Jaan_Tonisson_(Lasteleht), lk 401
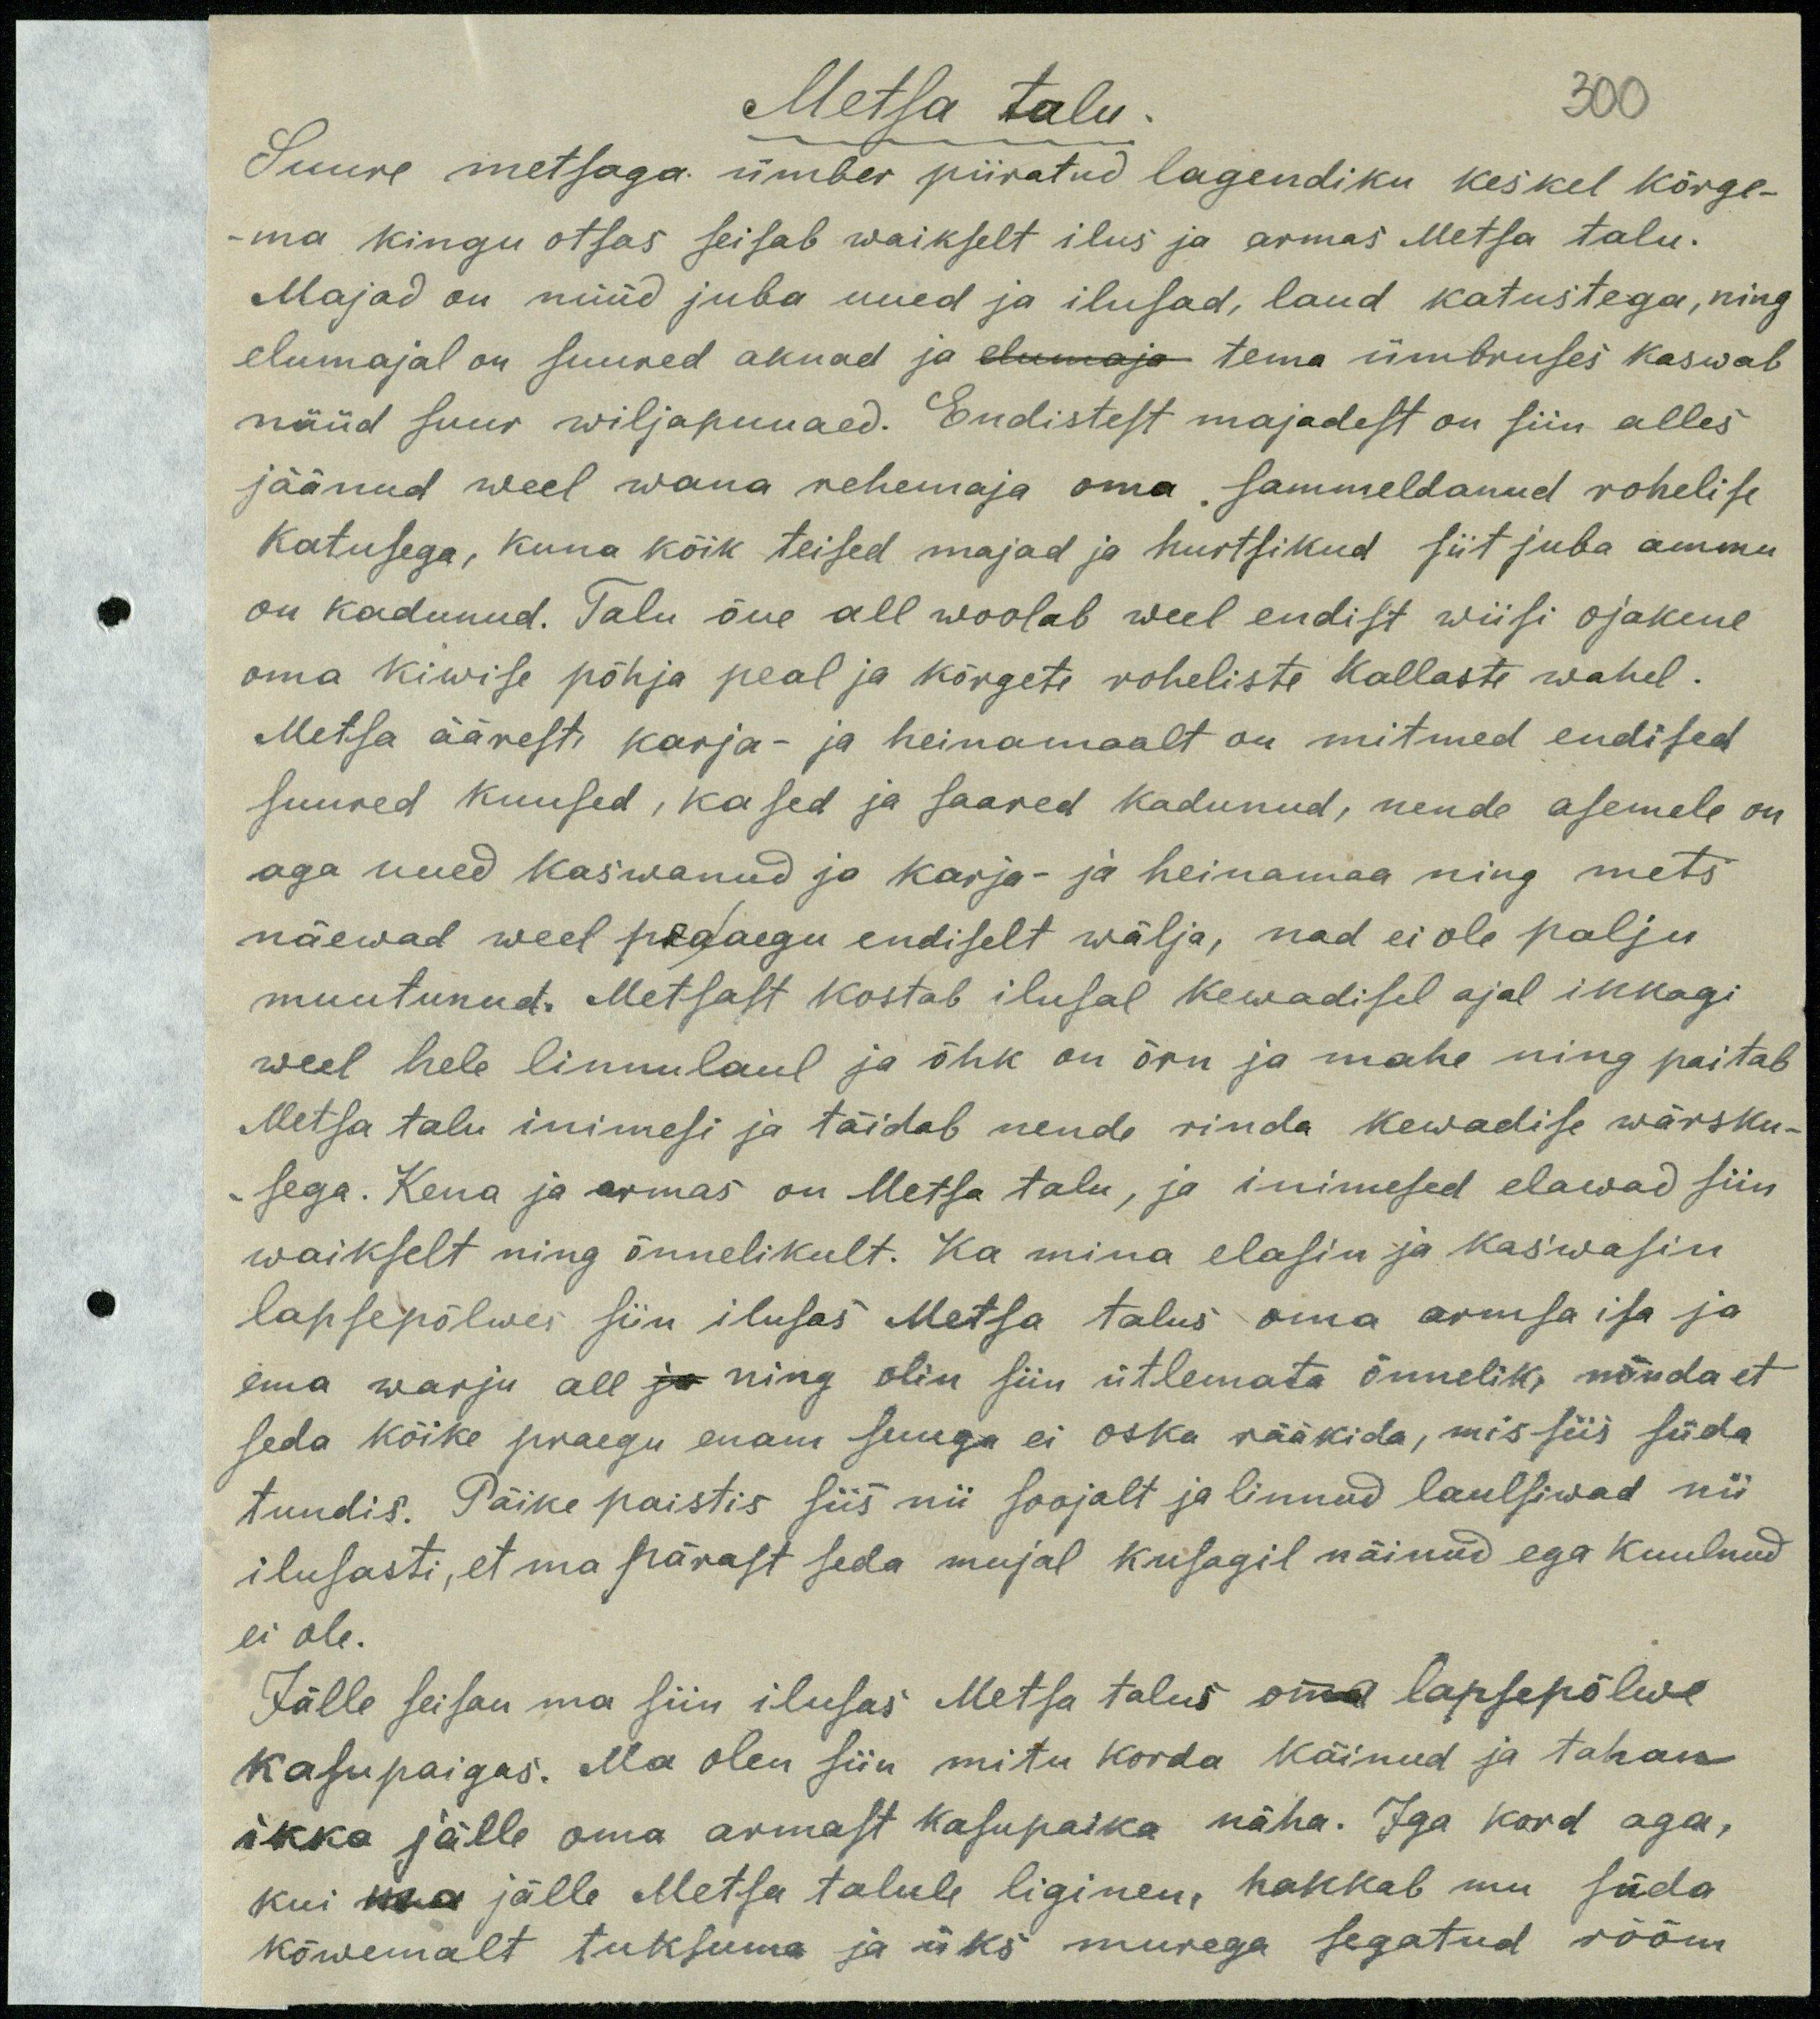
Metsa talu,
300
Suure metsaga ümber piiratud lagendiku keskel kõrge-
ma kingu otsas seisab waikselt ilus ja armas Metsa talu.
Majad on nüüd juba uued ja ilusad, laud katustega, ning
elumajal on suured aknad ja elumaja tema ümbruses kaswab
nüüd suur wiljapuuaed. Endistest majadest on siin alles
jäänud weel wana rehemaja oma sammeldanud rohelise
katusega, kuna kõik teised majad ja hurtsikud siit juba ammu
on kadunud. Talu õue all woolab weel endist wiisi ojakene
oma kiwise põhja peal ja kõrgete roheliste kallaste wahel.
Metsa äärest karja- ja heinamaalt on mitmed endised
suured kuused, kased ja saared kadunud, nende asemele on
aga uued kaswanud ja karja- ja heinamaa ning mets
näewad weel peaaegu endiselt wälja, nad ei ole palju
muutunud. Metsast kostab ilusal kewadisel ajal ikkagi
weel hele linnulaul ja õhk on õrn ja mahe ning paitab
Metsa talu inimesi ja täidab nende rinda kewadise wärsku-
sega. Kena ja armas on Metsa talu, ja inimesed elawad siin
waikselt ning õnnelikult. Ka mina elasin ja kaswasin
lapsepõlwes siin ilusas Metsa talus oma armsa isa ja
ema warju all ja ning olin siin ütlemata õnnelik, nõnda et
seda kõike praegu enam suuga ei oska rääkida, mis siis süda
tundis. Päike paistis siis nii soojalt ja linnud laulsiwad nii
ilusasti, et ma pärast seda mujal kusagil näinud ega kuulnud
ei ole.
Jälle seisan ma siin ilusas Metsa talus oma lapsepõlwe
kasupaigas. Ma olen siin mitu korda käinud ja tahan
ikka jälle oma armast kasupaika näha. Iga kord aga,
kui ma jälle Metsa talule liginen, hakkab mu säda
kõwemalt tuksuma ja üks murega segatud rõõm